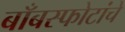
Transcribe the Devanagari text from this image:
बाँबस्फोटांचे